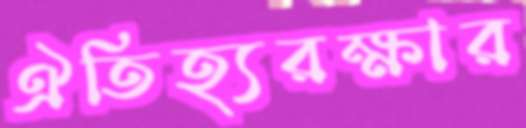
ঐতিহ্যরক্ষার